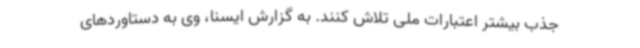
جذب بیشتر اعتبارات ملی تلاش کنند. به گزارش ایسنا، وی به دستاوردهای